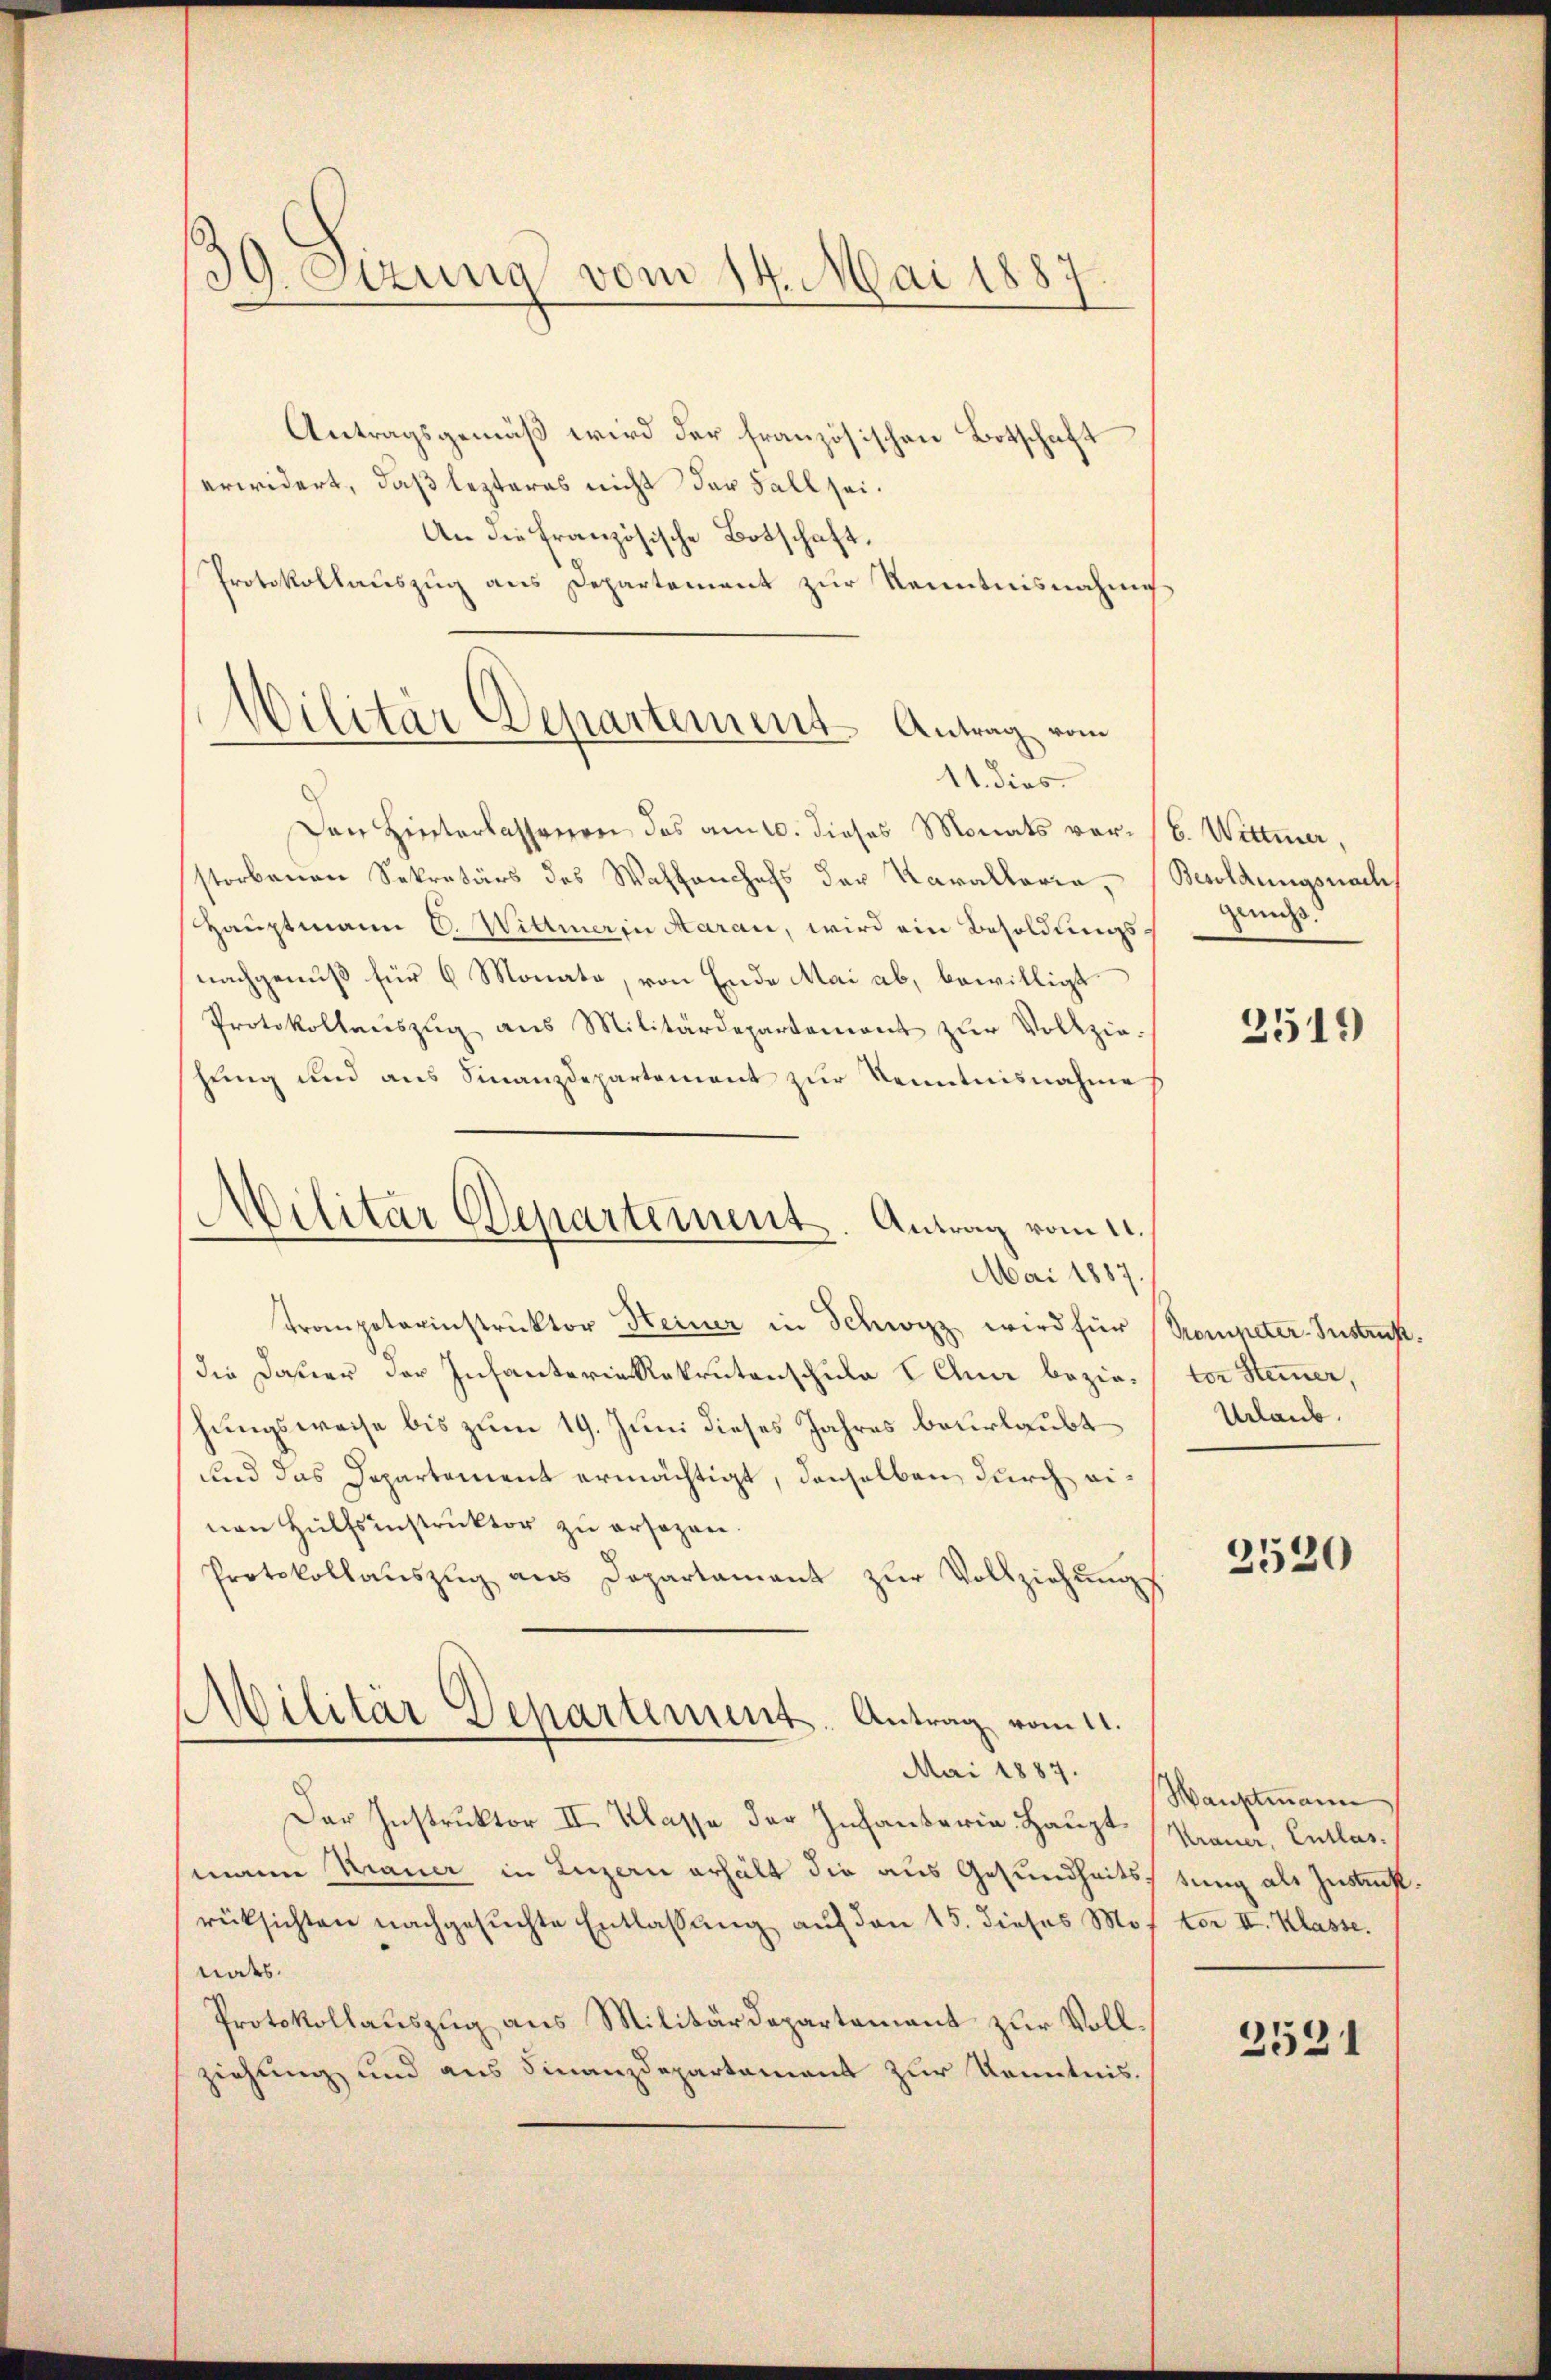
39. Sizung vom 14. Mai 1887.

Antragsgemäß wird der französischen Botschaft
erwidert, daß lezteres nicht der Fall sei.
An die Französische Botschaft.
Protokollauszug aus Departement zur Kenntnisnahme
11. dies
Den Hinterlassenen das am 10. dieses Monats vorstorbenen Sekretärs des Waffenhefs der Karallerie,
Hauptmann C. Wittwerin Aarau, wird ein Besoldungsnachgenuß für 6 Monate, von Ende Mai ab, bewilligt
Protokollaŭszŭg aŭs Militärdepartement zŭr Vollzie-
hung und aus Finanzdepartement zur Kenntnisnahme
Mai 1887.
Trompeterinstruktor Heiner in Schwyz wird für
die Daher der Infanterie Rekrutenschule Lehn beziehungsweise bis zum 19. Juni dieses Jahres beurlaubt
und das Departement ermächtigt, denselben durch einen Hülfsinstruktor zu ersagen.
Protokollaŭszŭg ans Departament zŭr Vollziehŭngs
Militär Departement-Antrag vom 11.
Mai 1887.
Der Instruktor III. Klasse der Infanterie Hauptmann Mauer in Luzern erhält die aus Gesundheits,
rücksichten nachgesuchte Entlassung auf den 15. dieses Mo
nodes.
Protokollauszug aus Militärdepartement zur Vollziehung und aus Finanzdepartament zur Kenntnis.

Militär Departement Antrag vom

Militar Departement. Antrag vom 11.

6. Wittwer,
Besoldungsnach
genuß.
2519

Pompeter-Instruk
tor Steiner,
Urlaub.

2520

Hauptmann
Krauer, Entlas
tung als Instruck.
ton II. Klasse.
2521